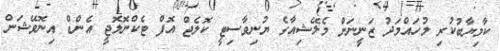
ކާމިޔާބުކުރި މުހައްމަދު ޒަނީނަށް މެލޭޝިއާގެ ޔުނިވާސިޓީ ކޮލެޖް އޮފް ޓެކްނޮލޮޖީ އެންޑް އިނޮވޭޝަން